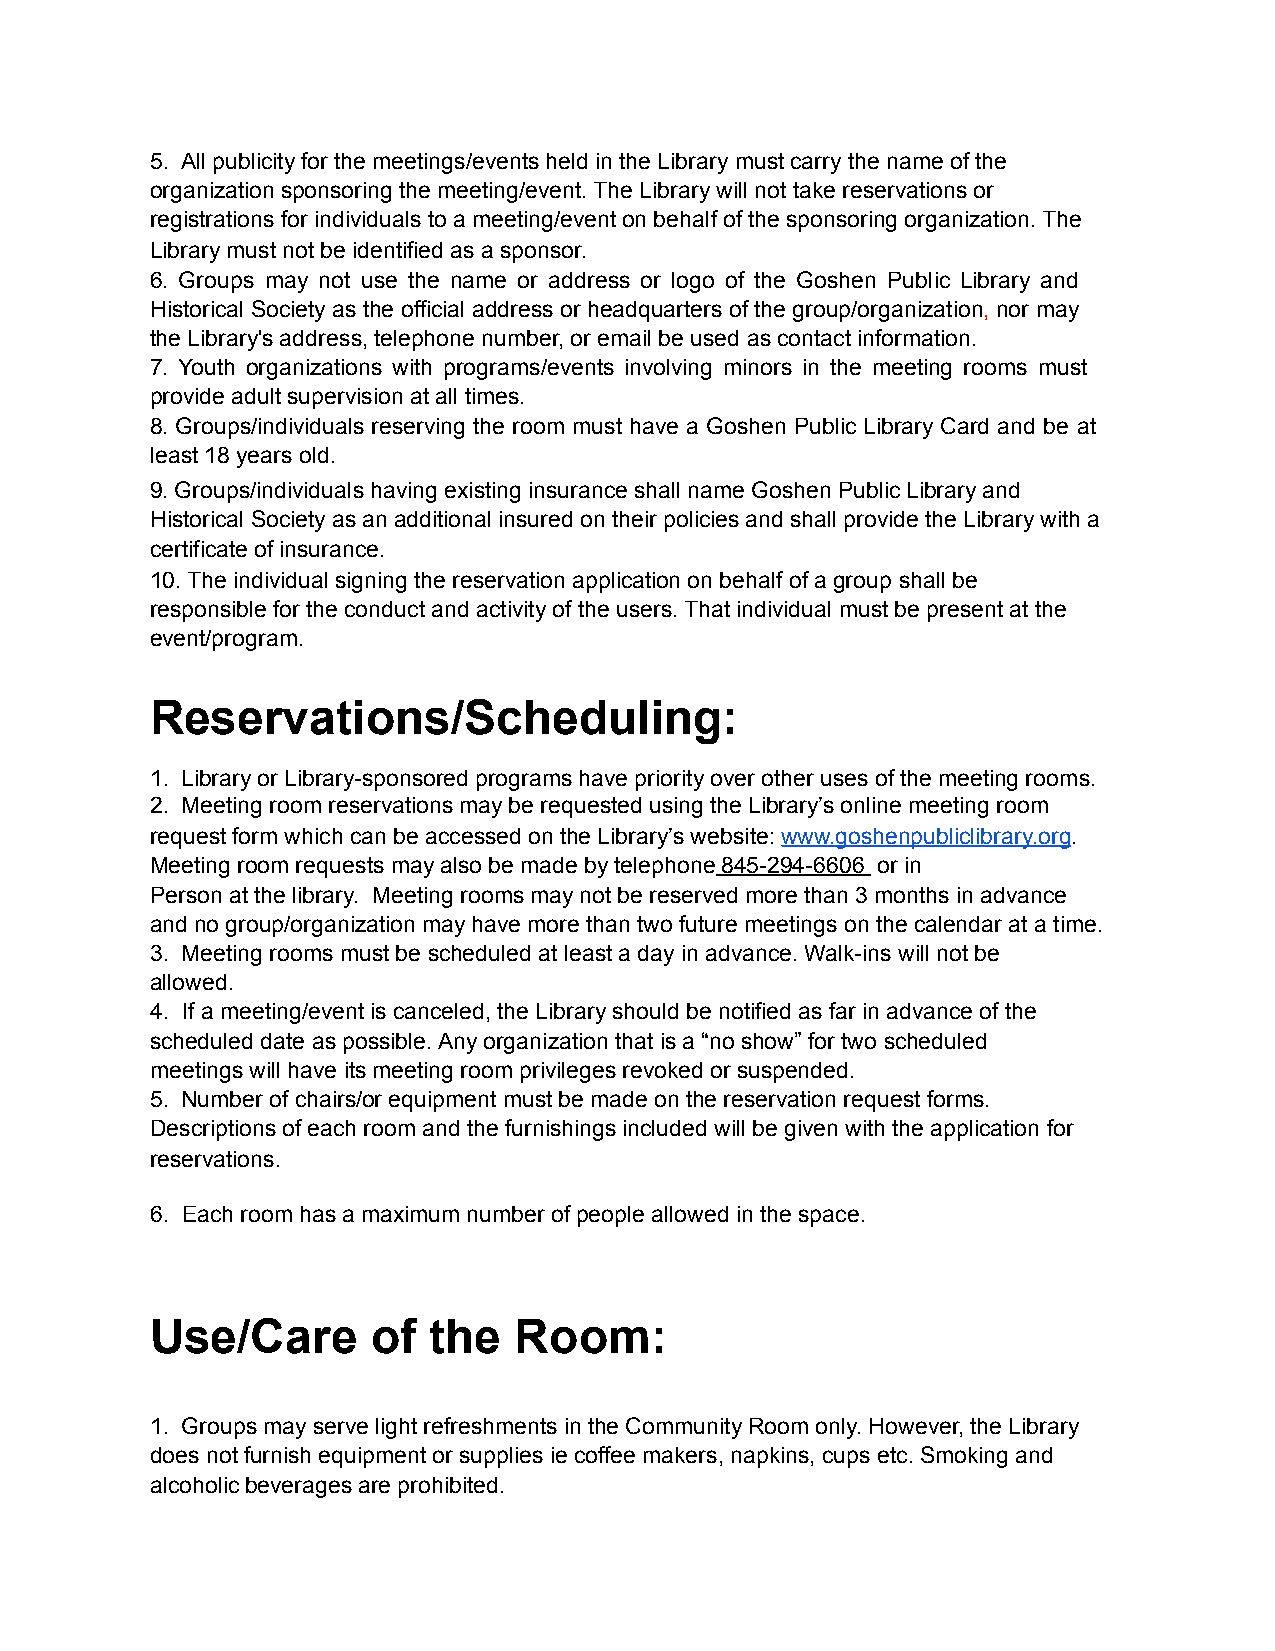
5. All publicity for the meetings/events held in the Library must carry the name of the
 organization sponsoring the meeting/event. The Library will not take reservations or
 registrations for individuals to a meeting/event on behalf of the sponsoring organization. The
 Library must not be identified as a sponsor.
 6. Groups may not use the name or address or logo of the Goshen Public Library and
 Historical Society as the official address or headquarters of the group/organization, nor may
 the Library's address, telephone number, or email be used as contact information.
 7. Youth organizations with programs/events involving minors in the meeting rooms must
 provide adult supervision at all times.
 8. Groups/individuals reserving the room must have a Goshen Public Library Card and be at
 least 18 years old.
 9. Groups/individuals having existing insurance shall name Goshen Public Library and
 Historical Society as an additional insured on their policies and shall provide the Library with a
 certificate of insurance.
 10. The individual signing the reservation application on behalf of a group shall be
 responsible for the conduct and activity of the users. That individual must be present at the
 event/program.
 Reservations/Scheduling:
 1. Library or Library-sponsored programs have priority over other uses of the meeting rooms.
 2. Meeting room reservations may be requested using the Library’s online meeting room
 request form which can be accessed on the Library’s website: www.goshenpubliclibrary.org.
 Meeting room requests may also be made by telephone 845-294-6606 or in
 Person at the library. Meeting rooms may not be reserved more than 3 months in advance
 and no group/organization may have more than two future meetings on the calendar at a time.
 3. Meeting rooms must be scheduled at least a day in advance. Walk-ins will not be
 allowed.
 4. If a meeting/event is canceled, the Library should be notified as far in advance of the
 scheduled date as possible. Any organization that is a “no show” for two scheduled
 meetings will have its meeting room privileges revoked or suspended.
 5. Number of chairs/or equipment must be made on the reservation request forms.
 Descriptions of each room and the furnishings included will be given with the application for
 reservations.
 6. Each room has a maximum number of people allowed in the space.
 Use/Care       of the   Room:
 1. Groups may serve light refreshments in the Community Room only. However, the Library
 does not furnish equipment or supplies ie coffee makers, napkins, cups etc. Smoking and
 alcoholic beverages are prohibited.